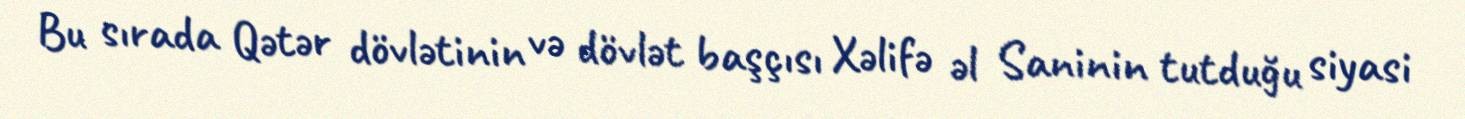
Bu sırada Qətər dövlətinin və dövlət başçısı Xəlifə əl Saninin tutduğu siyasi